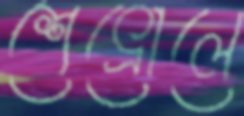
শেভ্রোলে